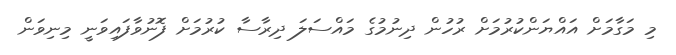
މި މަގާމަށް އައްޔަންކުރުމަށް ރުހުން ދިނުމުގެ މައްސަލަ ދިރާސާ ކުރުމަށް ފޮނުވާފައިވަނީ މިނިވަން